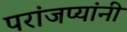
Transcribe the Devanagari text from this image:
परांजप्यांनी